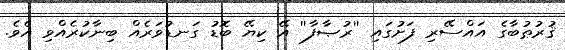
ޤުރުޠުބާގެ އައްސޭރި ފަށުގައި ''ރުޞާފާ'' އޭ ކިޔޭ ބޮޑު ގަނޑުވަރެއް ބިނާކުރެއްވި އެވެ.